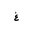
Letter: _gayn